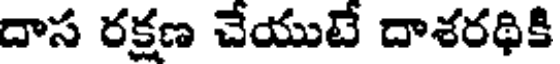
దాస రక్షణ చేయుటే దాశరథికి